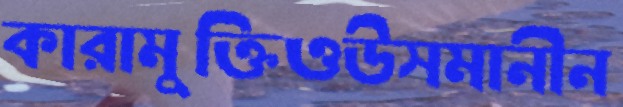
কারামুক্তিওউসমানীন